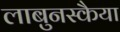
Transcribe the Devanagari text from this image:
लाबुनस्कैया